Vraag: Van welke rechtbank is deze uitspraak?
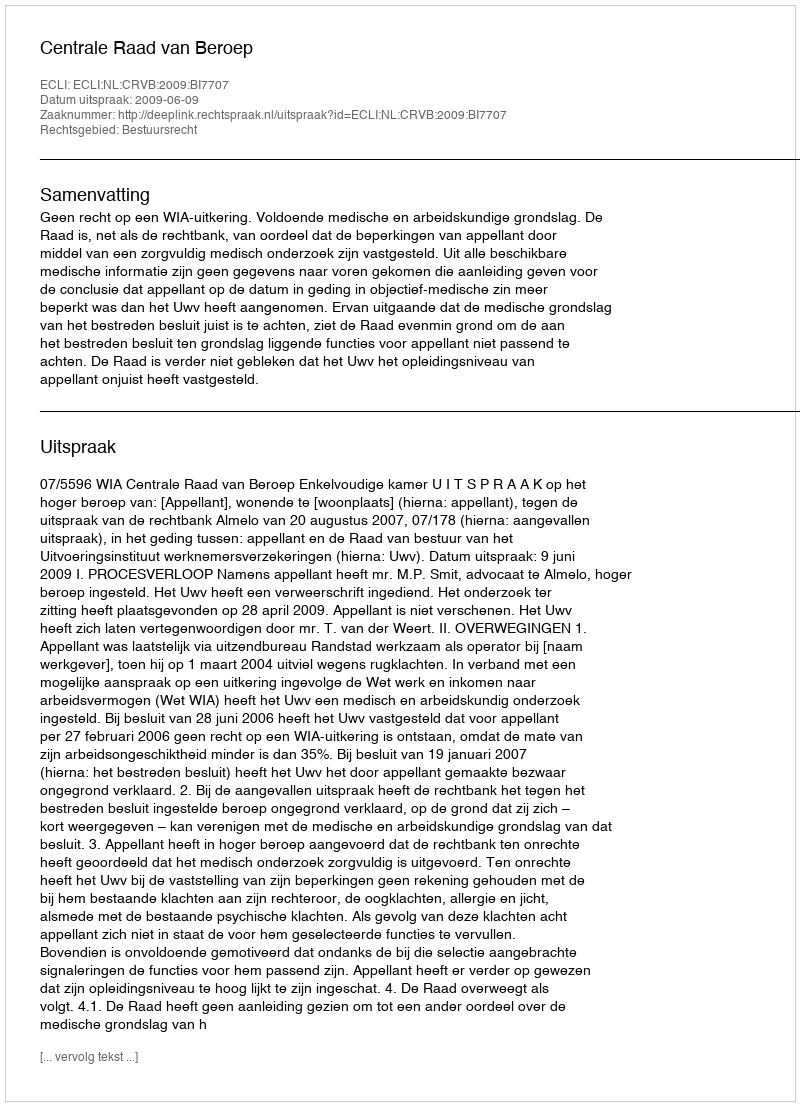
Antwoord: Centrale Raad van Beroep